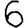
Digit: 6